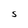
Character: S